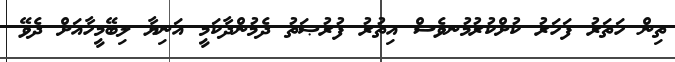
ތިން ހަތަރު ފަހަރު ކުށްކުރުމުނވެސް އިތުރު ފުރުޞަތު ދެމުންދާކަމީ އަނިޔާ ލިބޭމީހާއަށް ދެވޭ